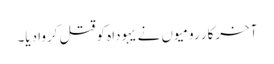
‏ آخرکار رومیوں نے یہوداہ کو قتل کروا دیا۔